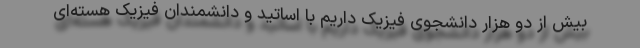
بیش از دو هزار دانشجوی فیزیک داریم با اساتید و دانشمندان فیزیک هسته‌ای